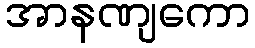
အာနဏျကော